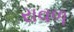
રાવળ